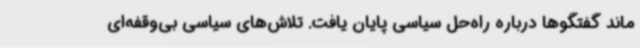
ماند گفتگوها درباره راه‌حل سیاسی پایان یافت. تلاش‌های سیاسی بی‌وقفه‌ای